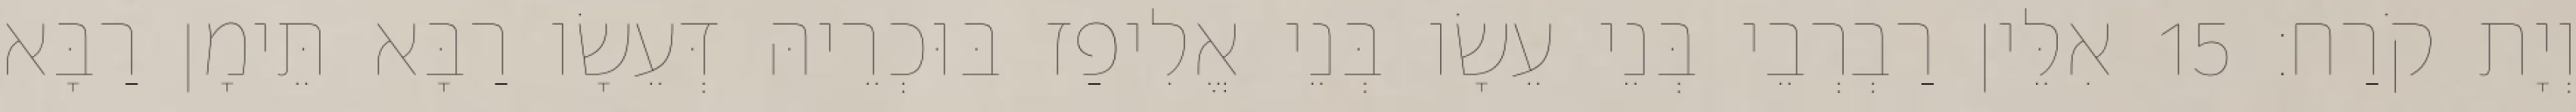
וְיָת קֹרַח׃ 15 אִלֵּין רַבְרְבֵי בְּנֵי עֵשָׂו בְּנֵי אֱלִיפַז בּוּכְרֵיהּ דְּעֵשָׂו רַבָּא תֵּימָן רַבָּא